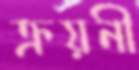
ক্রয়নী